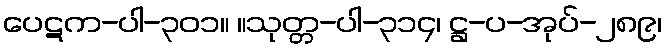
ပေဋက-ပါ-၃၀၁။ ။သုတ္တ-ပါ-၃၁၄၊ ဋ္ဌ-ပ-အုပ်-၂၈၉၊